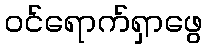
ဝင်ရောက်ရှာဖွေ